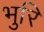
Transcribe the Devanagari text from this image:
भुरि